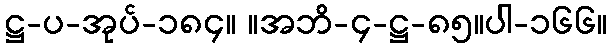
ဋ္ဌ-ပ-အုပ်-၁၈၄။ ။အဘိ-၄-ဋ္ဌ-၈၅။ပါ-၁၆၆။